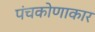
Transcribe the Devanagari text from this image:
पंचकोणाकार